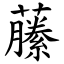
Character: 䕨